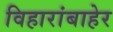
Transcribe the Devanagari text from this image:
विहारांबाहेर